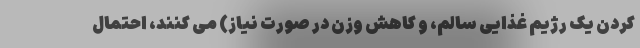
کردن یک رژیم غذایی سالم، و کاهش وزن در صورت نیاز) می کنند، احتمال